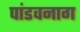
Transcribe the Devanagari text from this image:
पांडवनाग